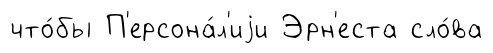
что́бы П'ерсона́л'иjи Эрн'еста сло́ва